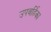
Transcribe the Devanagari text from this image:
उपवर्हिका